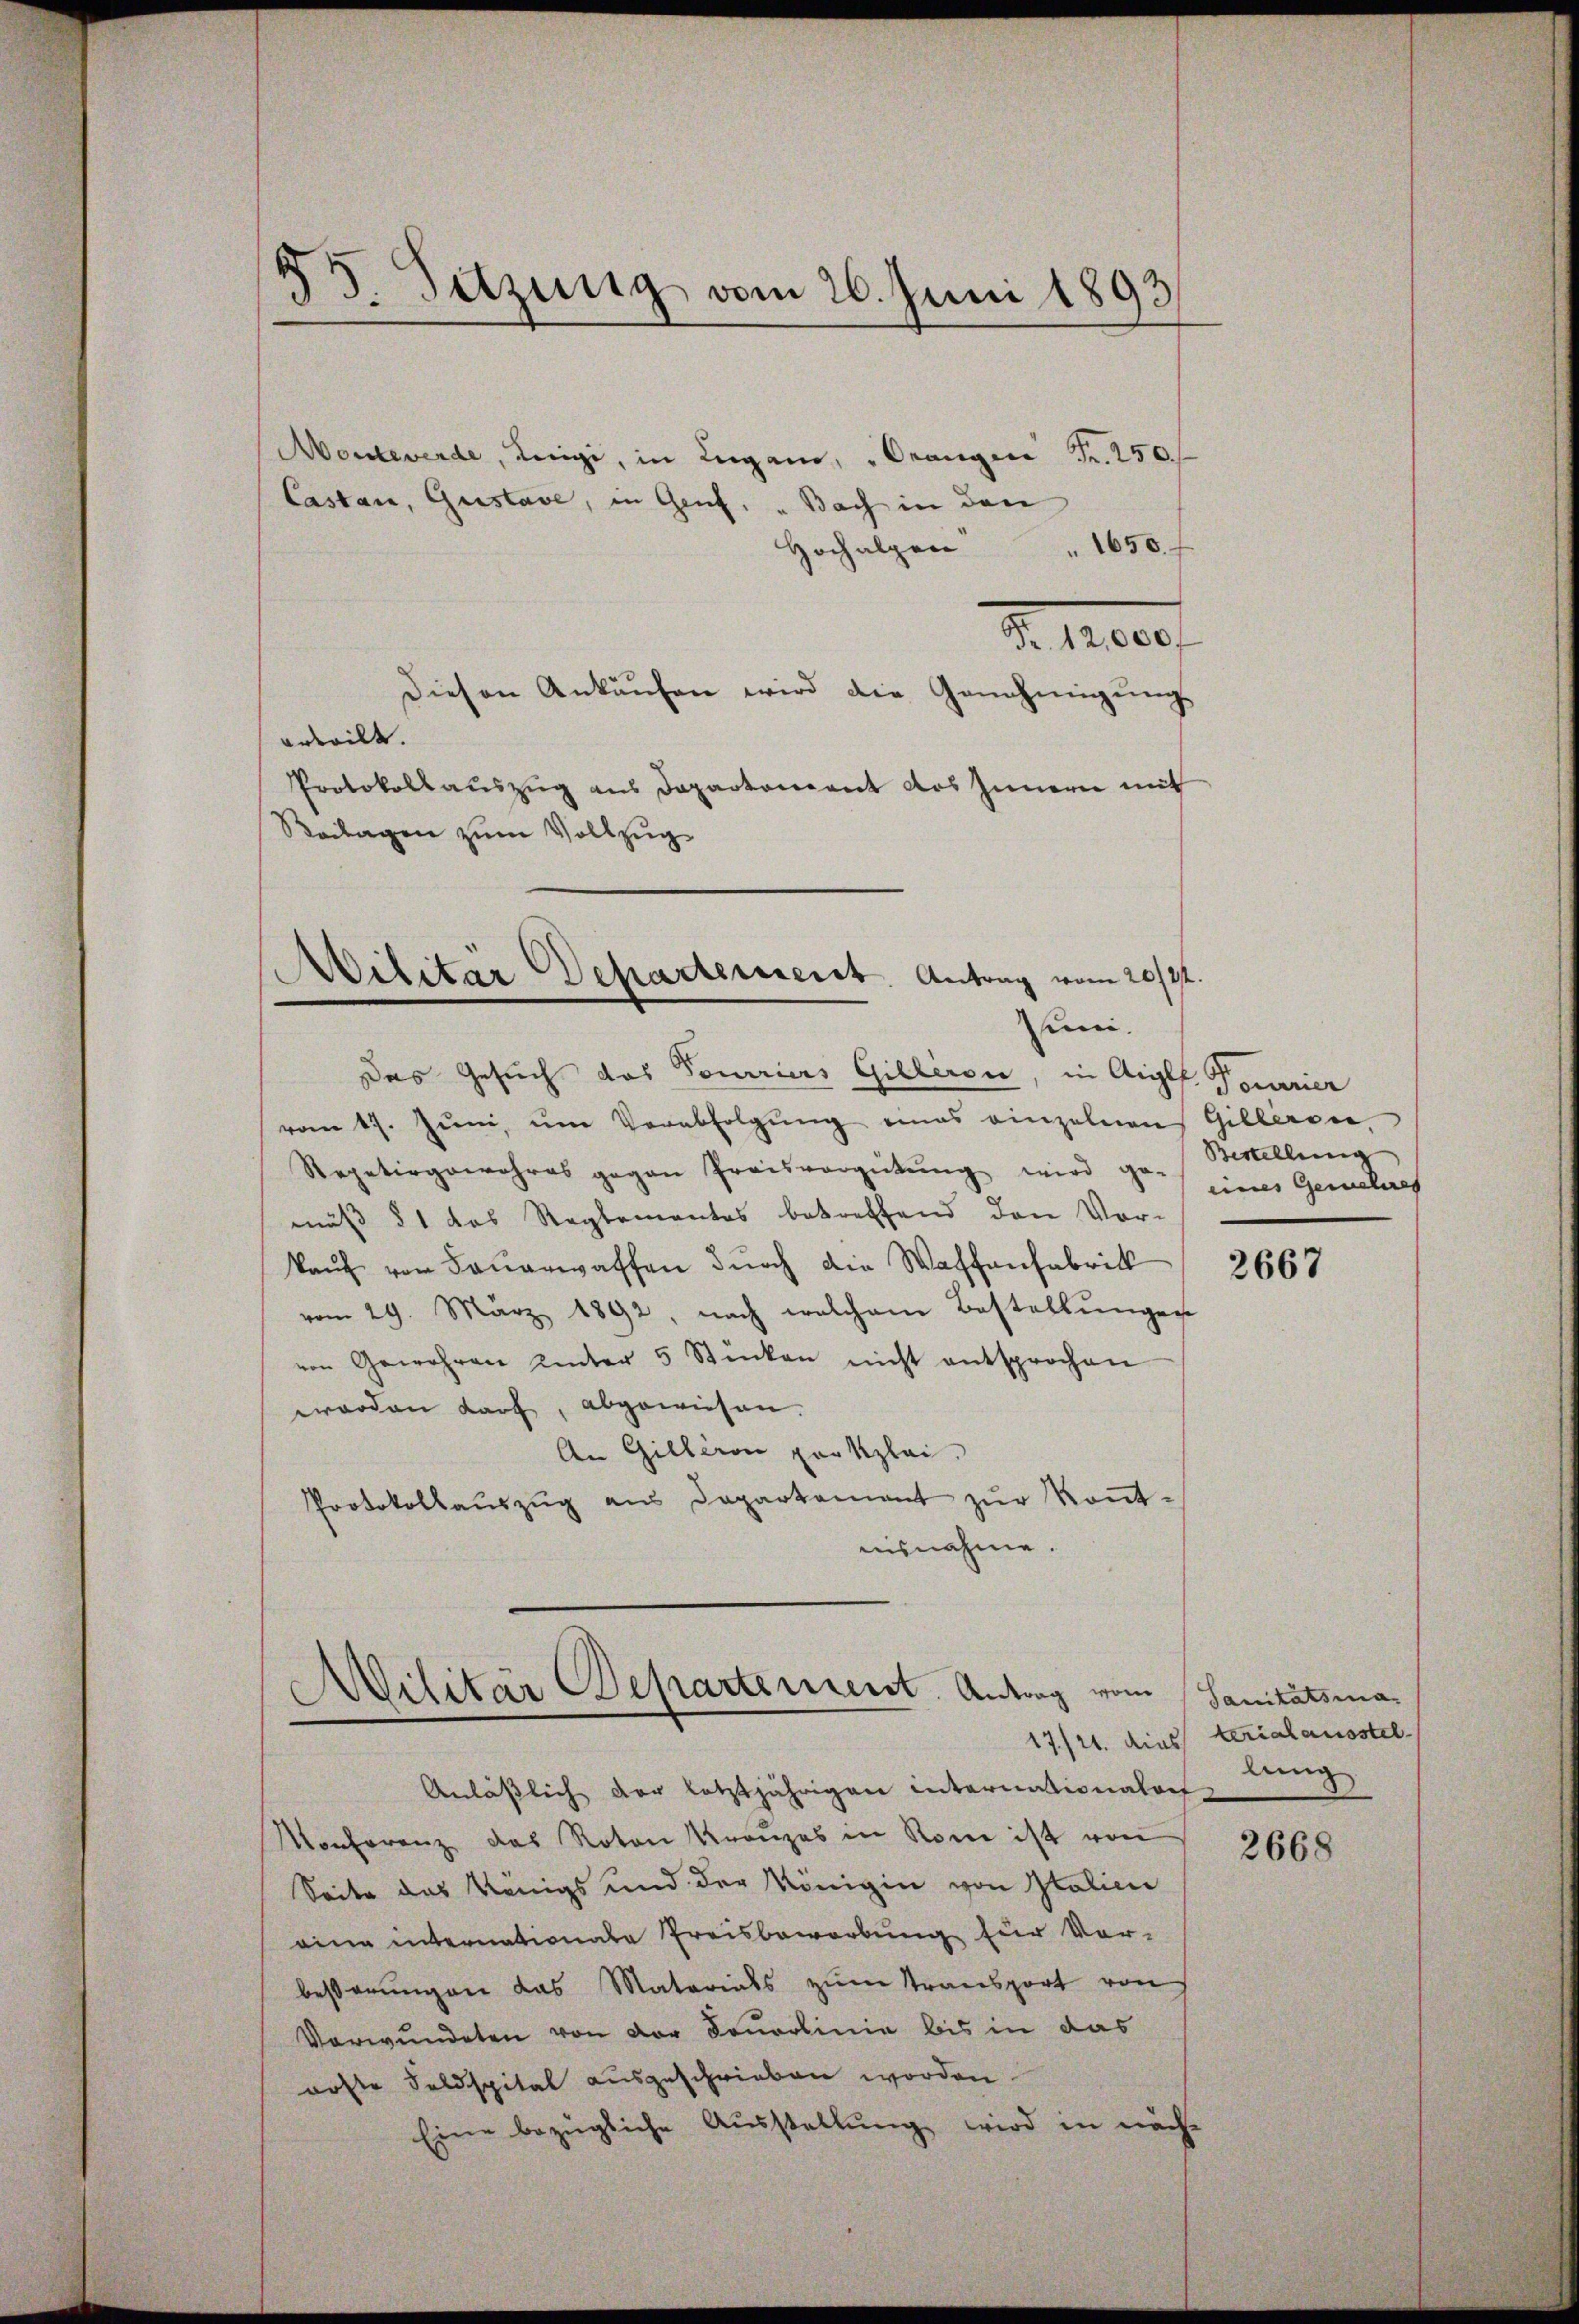
Monteverde, Leigi, in Lugano, "Orangen Fr. 250.
Cassan, Gustave, in Genf, " Bach in den
1650.
Hochalpen
Diesen Ankaŭfen wird die Genehmigung
erweilt.
Protokollauszug aus Departement das Innern mit
Beilagen zum Vollzug

53. Satzung vom 26. Juni 1893

d. Reces

vom 17. Juni, um Verabfolgung eines einzelnen Gilleren,
Repetirgowahres gegen Preisvergütŭng wird der eines Gewehres
mäß § 1 das Reglementes betreffend den Vor-
kaŭf von Feŭerwaffen durch die Waffenfabrik
vom 29. März 1892, nach welchem Bestellŭngen
von Gewähren unter 5 Stücken nicht entsprochen
worden darf, abgewiesen.
An Gilleron porkzlei.
Protokollaŭszŭg aŭs Departement zŭr Kont-
nisnahme.

Militär Departement. Antrag vom 20/4t.
uni.
Das Gesuch das Tourriers Gilleron, in Aiglf Tourier

Militär Departement. Antrag vom
s
17/21. dies

Anläßlich der letztjährigen Internationalors
Monferenz das Roten Kronzes in Rom ist von
Seite das Königs und der Königin von Italici
eine internationale Preisbewerbung für Vor-
beßerungen das Materials zum Transport von
Verwundeten von der Sauerlinie bis in das
röste Seldspital ausgeschrieben worden.
Eine bezügliche Ausstellŭng wird in näch¬

Bestellung

2667

Sanitätsma-
terialausstel
lung

2668